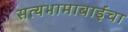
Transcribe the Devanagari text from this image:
सत्यभामाबाईंचा